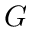
G